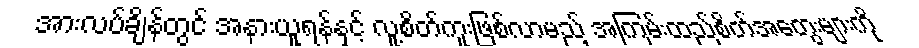
အားလပ်ချိန်တွင် အနားယူရန်နှင့် လူ့စိတ်ကူးဖြစ်လာမည့် အကြမ်းထည်စိတ်အတွေးများကို